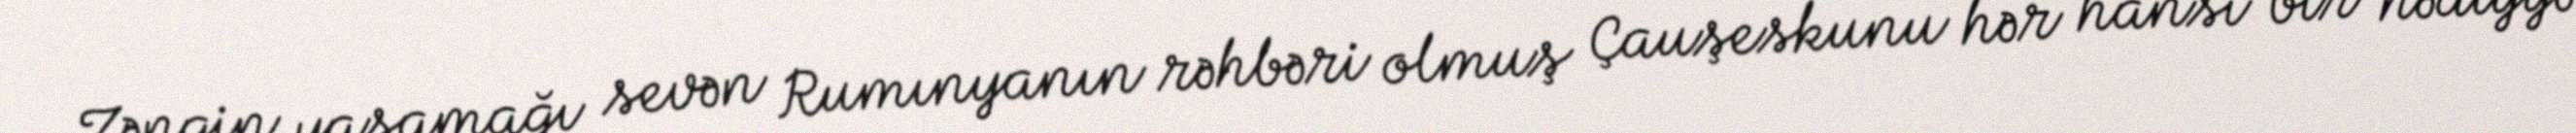
Zəngin yaşamağı sevən Rumınyanın rəhbəri olmuş Çauşeskunu hər hansı bir hədiyyə